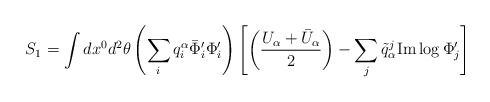
\begin{align*}S_1 = \int dx^0 d^2\theta \left(\sum_i q_i^\alpha \bar{\Phi}'_i \Phi'_i \right)\left[ \left({{U_\alpha + \bar{U}_\alpha}\over2}\right) - \sum_j\tilde{q}_\alpha^j {\rm Im} \log \Phi_j' \right]\end{align*}